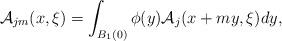
LaTeX: \begin{align*}\mathcal{A}_{jm}(x,\xi)= \int_{B_1(0)} \phi(y) \mathcal{A}_j(x+my, \xi) dy, \end{align*}